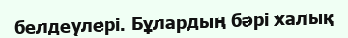
белдеулері. Бұлардың бәрі халық